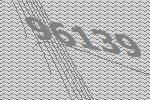
96139